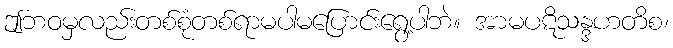
ဤဘဝမှလည်းတစ်စုံတစ်ရာမပါမပြောင်းရွေ့ပါဘဲ။ အာမပဋိသန္ဒဟတိစ၊